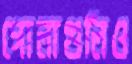
গোলাগুলিও